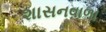
શાસનવાળા